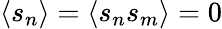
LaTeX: \langle s_{n}\rangle=\langle s_{n}s_{m}\rangle=0